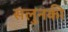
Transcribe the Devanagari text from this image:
सलुनकी